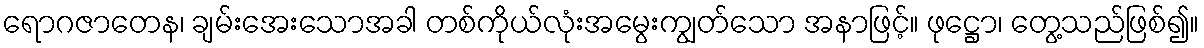
ရောဂဇာတေန၊ ချမ်းအေးသောအခါ တစ်ကိုယ်လုံးအမွေးကျွတ်သော အနာဖြင့်။ ဖုဋ္ဌော၊ တွေ့သည်ဖြစ်၍။